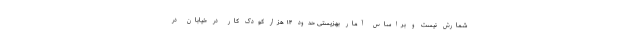
شمارش نیست و براساس آمار بهزیستی حدود ۱۴ هزار کودک کار در خیابان در